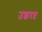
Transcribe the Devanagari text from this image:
उछरत